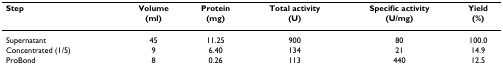
<table><thead><tr><td><b>Step</b></td><td><b>Volume(ml)</b></td><td><b>Protein(mg)</b></td><td><b>Total activity(U)</b></td><td><b>Specific activity(U/mg)</b></td><td><b>Yield(%)</b></td></tr></thead><tbody><tr><td>Supernatant</td><td>45</td><td>11.25</td><td>900</td><td>80</td><td>100.0</td></tr><tr><td>Concentrated (1/5)</td><td>9</td><td>6.40</td><td>134</td><td>21</td><td>14.9</td></tr><tr><td>ProBond</td><td>8</td><td>0.26</td><td>113</td><td>440</td><td>12.5</td></tr></tbody></table>